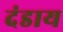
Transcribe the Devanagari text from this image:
दंडाय